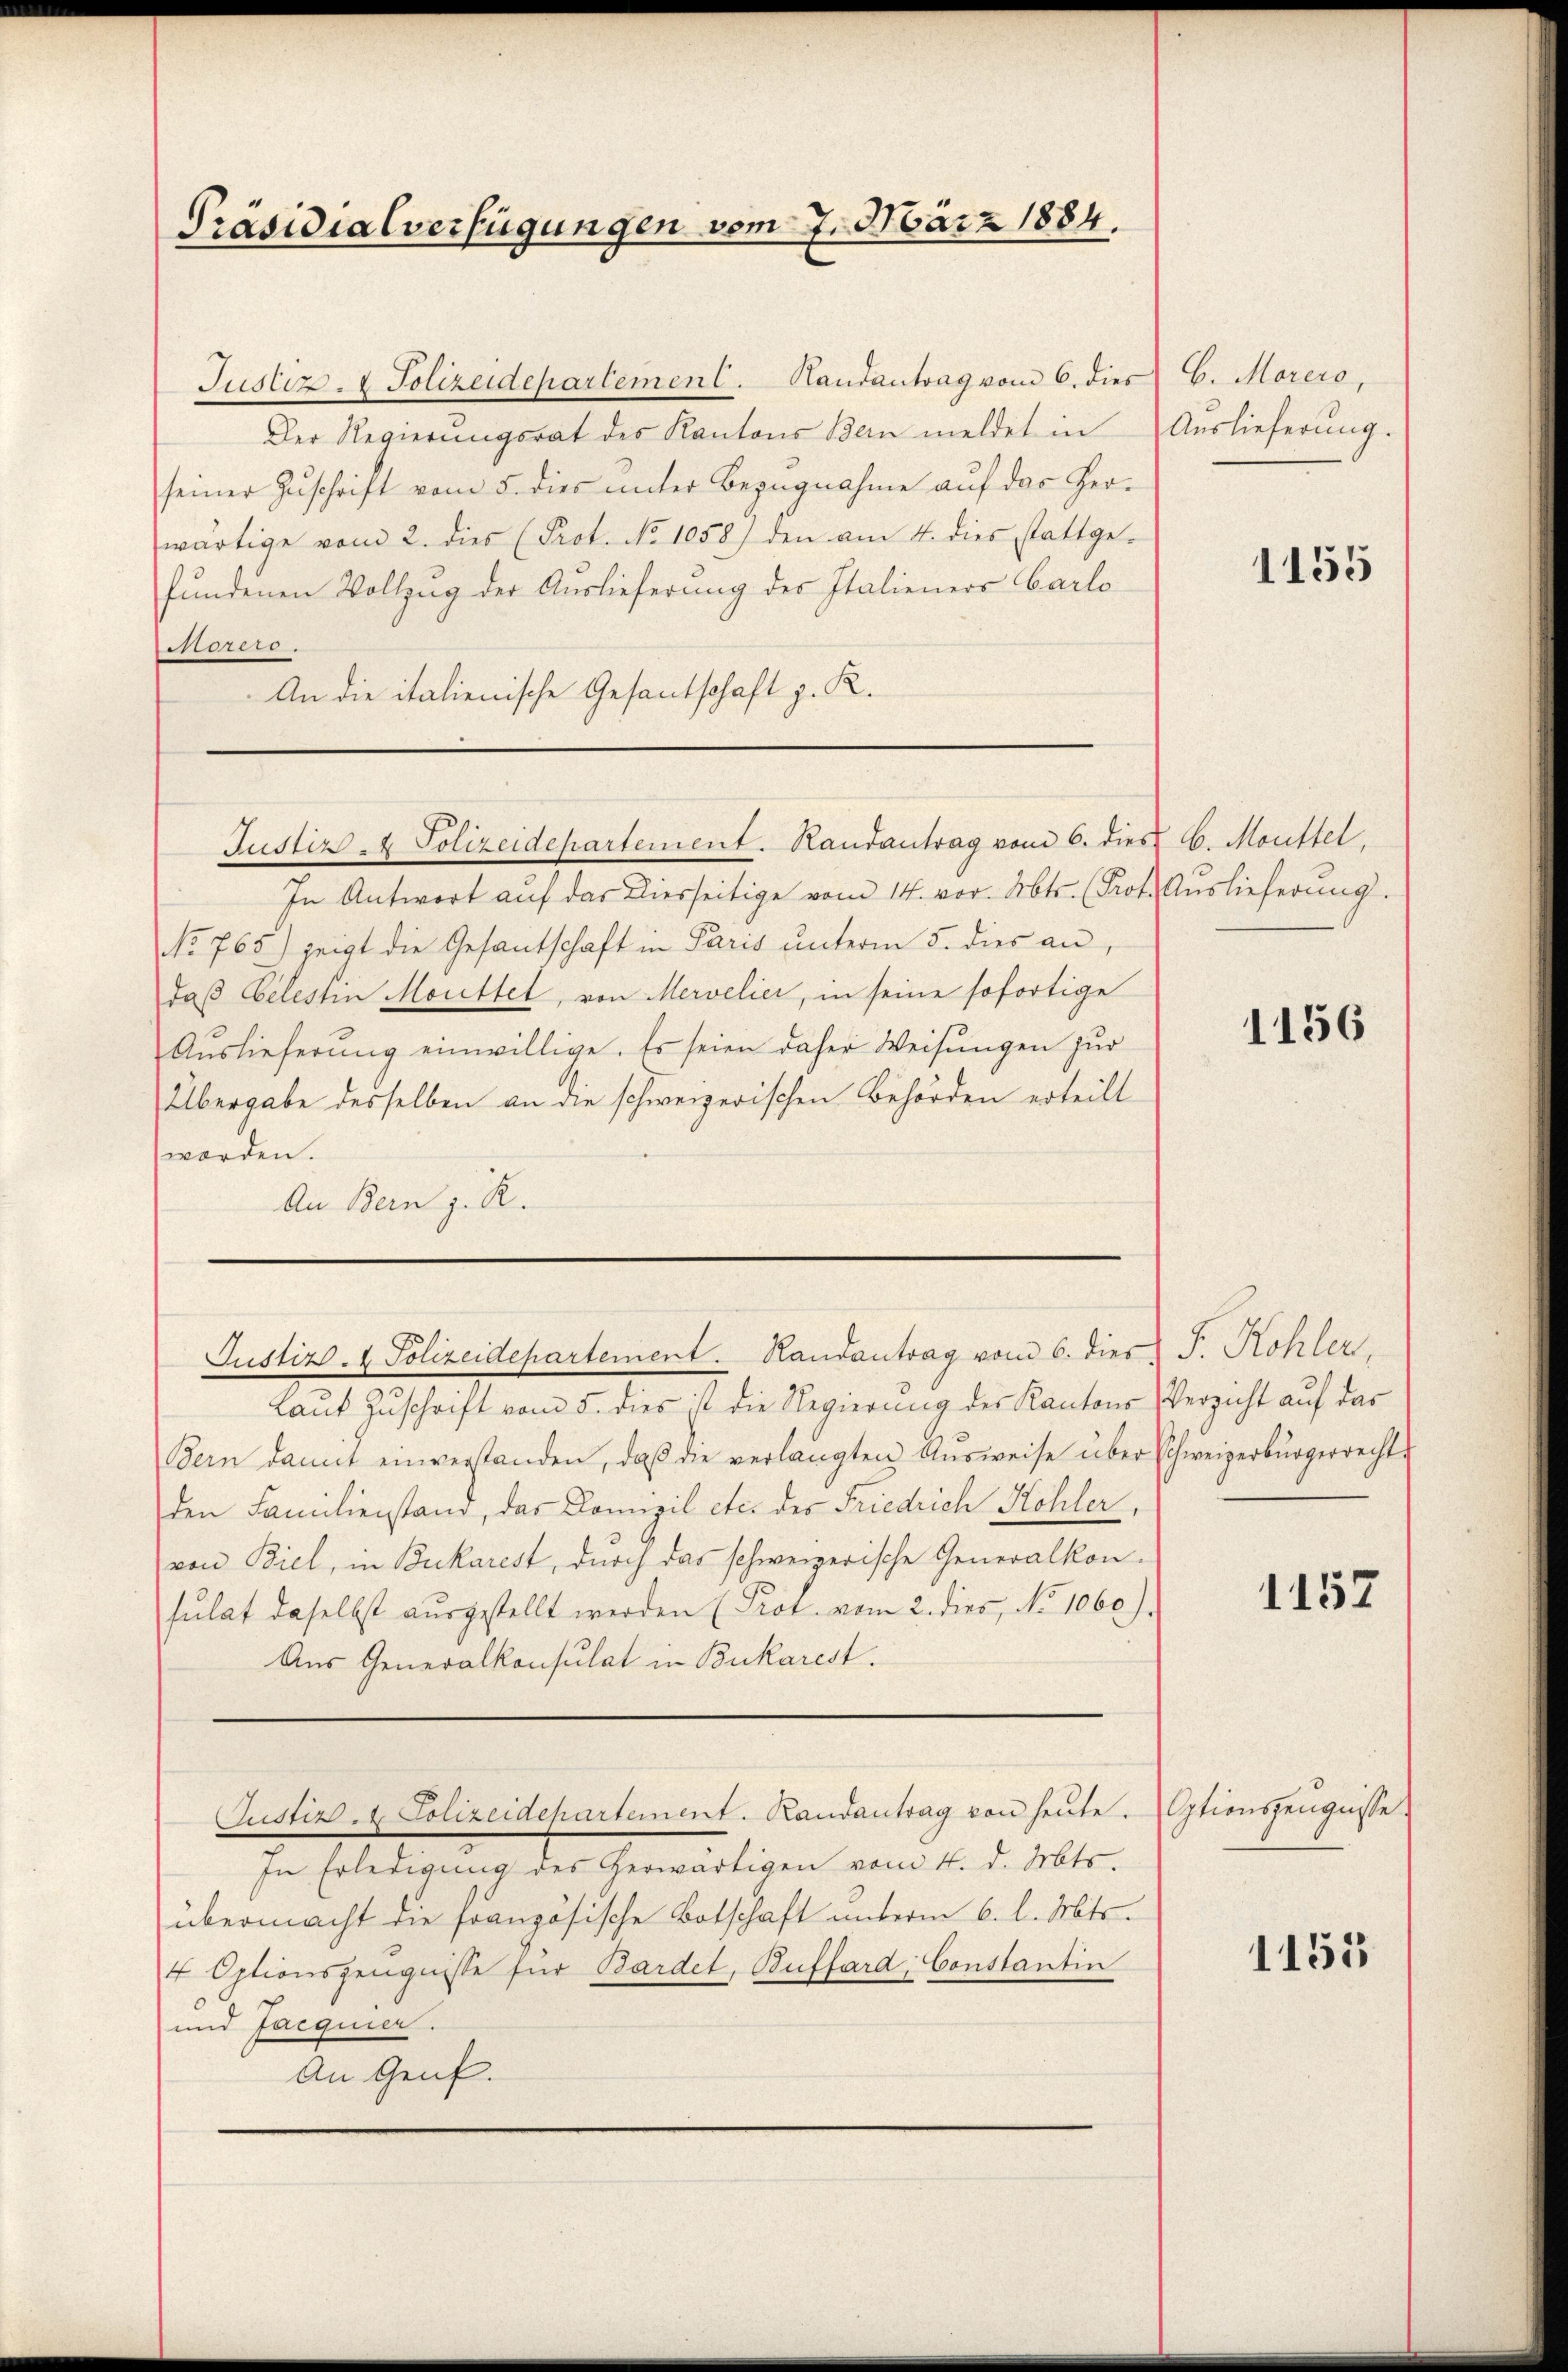
Präsidialverfügungen vom 7. März 1884.

Justiz- & Polizeidepartement. Handantrag vom 6. dies
Der Regierungsrat des Kantons Bern meldet in Auslieferung.
seiner Zuschrift vom 5. dies unter Bezugnahme auf das Herwärtige vom 2. dies (Prot. No 1058) den am 4. dies stattge-
fundenen Vollzug der Auslieferung des Italieners Carlo
5
An die italienische Gesantschaft z. R.

Justiz- & Polizeidepartement. Randantrag vom 6. dies 6. Monttel,

In Antwort aŭf das Diesseitige vom 14. vor. Abt. (Prot. Auslieferŭng.
No 765) zeigt die Gesantschaft in Paris unterm 5. dies an,
daß Celestin Monittel, von Mervelier, in seine sofortige
Aŭslieferŭng einwillige. Es seien daher Weisŭngen zŭr
Übergabe desselben an die schweizerischen Behörden erteilt
worden.
An Bern z. R.

Justiz- & Polizeidepartement. Handantrag vom 6. dies J. Kohler.

Laut Zuschrift vom 5. dies ist die Regierung der Kantons Verzicht auf das
Bern damit einverstanden, daβ die verlangten Aŭsweise über Schweizerbürgerrechts
den Familienstand, das Domizil etc. des Friedrich Kohler
von Biel, in Bukarest, durch das schweizerische Generalkon-
sulat daselbst aŭsgestellt werden (Prot. vom 2. dies, No 1060).
Aus Generalkonsulat in Bukarest.
Justiz- & Polizeidepartement. Randantrag von heute. Otionszeugnisse
In Erledigung des herwärtigen vom 4. d. Mts.
übermacht die französische Botschaft unterm 6. l. Mts.
4 Optionszeugnisse für Bardet, Buffard: Constantin
und Jacquier.
An Genf.

b. Morers,

1155

1156

1157

1155